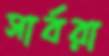
সার্বরা